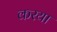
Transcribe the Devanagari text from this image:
करया